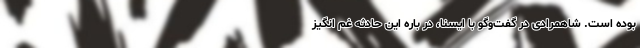
بوده است. شاهمرادی در گفت‌وگو با ایسنا، در باره این حادثه غم انگیز